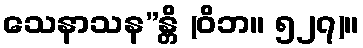
သေနာသန”န္တိ (ဝိဘ။ ၅၂၇)။